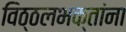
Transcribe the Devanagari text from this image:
विठ्ठलभक्तांना